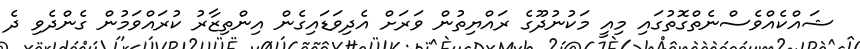
ޝައްކެއްވެސްނެތްގޮތުގައި މިއީ މަކުނުދޫގެ ރައްޔިތުން ވަރަށް އެދިވަޑައިގެން އިންތިޒާރު ކުރައްވަމުން ގެންދެވި ދެ